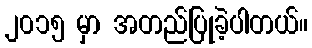
၂၀၁၅ မှာ အတည်ပြုခဲ့ပါတယ်။